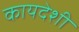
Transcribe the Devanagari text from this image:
कायदेशी